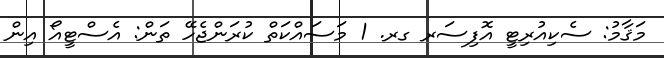
މަޤާމު: ސެކިއުރިޓީ އޮފިސަރ ގރ. 1 މަސައްކަތް ކުރަންޖެހޭ ތަން: އެސްޓީއޯ އިން